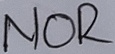
Text: NOR